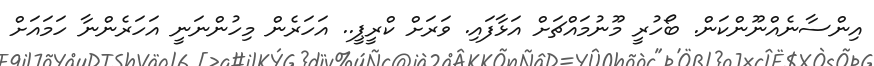
އިންސާނެއްނޫންކަން. ބޯހުރީ މޫނުމައްޗަށް އަޅާފައި. ވަރަށް ކްރީޕީ.. އަހަރެން މިހުންނަނީ އަހަރެންނާ ހަމައަށް